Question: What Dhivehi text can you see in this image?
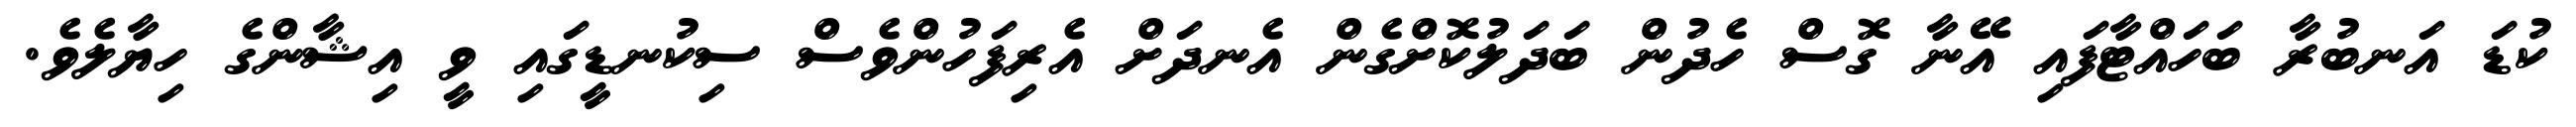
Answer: ކުޑަ އަނބުރާ ބަހައްޓާފައި އޭނާ ގޮސް ހެދުން ބަދަލުކޮށްގެން އެނދަށް އެރިފަހުންވެސް ސިކުނޑީގައި ވީ އިޝާންގެ ހިޔާލެވެ.